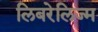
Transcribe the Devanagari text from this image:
लिबरेलिज्म